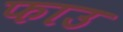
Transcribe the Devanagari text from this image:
फाउ